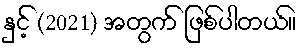
နှင့် (2021) အတွက် ဖြစ်ပါတယ်။